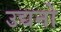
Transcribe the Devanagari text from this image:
उद्यनो